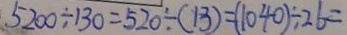
5 2 0 0 \div 1 3 0 = 5 2 0 \div ( 1 3 ) = ( 1 0 4 0 ) \div 2 6 =